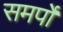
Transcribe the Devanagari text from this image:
समर्पो